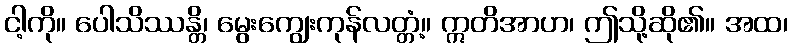
ငါ့ကို။ ပေါသိဿန္တိ၊ မွေးကျွေးကုန်လတ္တံ့။ ဣတိအာဟ၊ ဤသို့ဆို၏။ အထ၊